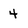
Character: 4